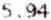
5.94